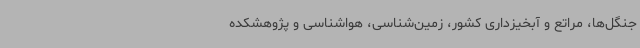
جنگل‌ها، مراتع و آبخیزداری کشور، زمین‌شناسی، هواشناسی و پژوهشکده